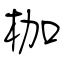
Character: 枷